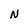
Character: N